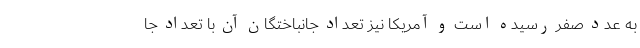
به عدد صفر رسیده است و آمریکا نیز تعداد جانباختگان آن با تعداد جا